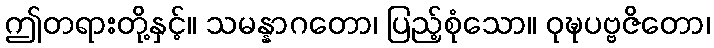
ဤတရားတို့နှင့်။ သမန္နာဂတော၊ ပြည့်စုံသော။ ဝုဍ္ဎပဗ္ဗဇိတော၊